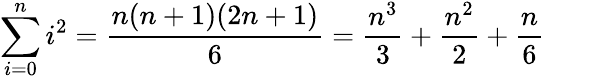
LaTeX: \sum_{i=0}^{n}i^{2}={\frac{n(n+1)(2n+1)}{6}}={\frac{n^{3}}{3}}+{\frac{n^{2}}{2}}+{\frac{n}{6}}\qquad